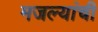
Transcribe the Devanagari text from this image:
मजल्यांची